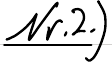
Nr.2.)